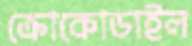
ক্রোকোডাইল